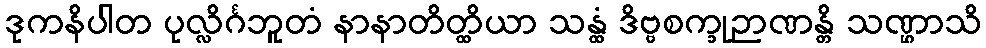
ဒုကနိပါတ ပုလ္လိင်္ဂဘူတံ နာနာတိတ္ထိယာ သန္ထံ ဒိဗ္ဗစက္ခုဉာဏန္တိ သဏ္ဌာသိ